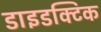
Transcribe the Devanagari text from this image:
डाइडक्टिक